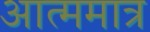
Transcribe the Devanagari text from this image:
आत्ममात्र